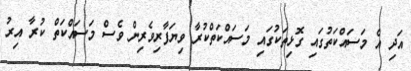
އަދި އެ މަސައްކަތުގައި ގޮޅިތަކުގައި މަސައްކަތްކުރާ ވިޔަފާރިވެރިން ވެސް މަސައްކަތް ކުރާ އިރު